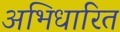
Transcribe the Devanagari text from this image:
अभिधारित